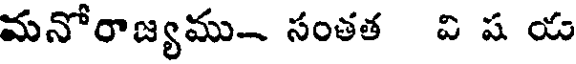
మనోరాజ్యము- సంతత వి ష య